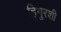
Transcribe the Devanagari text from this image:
हिगुरशी